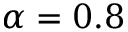
\alpha = 0 . 8